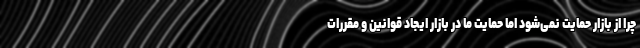
چرا از بازار حمایت نمی‌شود اما حمایت ما در بازار ایجاد قوانین و مقررات